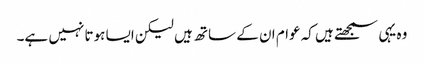
وہ یہی سمجھتے ہیں کہ عوام ان کے ساتھ ہیں لیکن ایسا ہوتا نہیں ہے۔